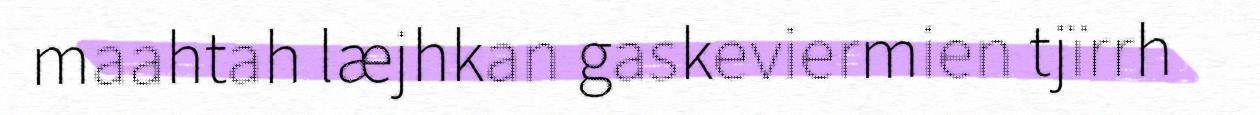
maahtah læjhkan gaskeviermien tjïrrh